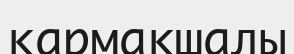
қармақшалы